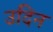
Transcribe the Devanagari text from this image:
उदिन